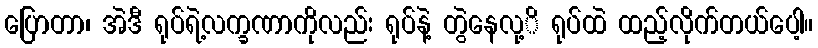
ပြောတာ၊ အဲဒီ ရုပ်ရဲ့လက္ခဏာကိုလည်း ရုပ်နဲ့ တွဲနေလု့ိ ရုပ်ထဲ ထည့်လိုက်တယ်ပေါ့။